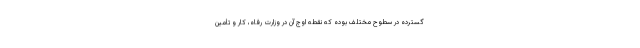
گسترده در سطوح مختلف بوده که نقطه اوج آن در وزارت رفاه، کار و تأمین